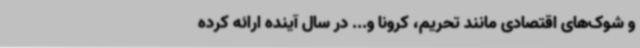
و شوک‌های اقتصادی مانند تحریم، کرونا و... در سال آینده ارائه کرده